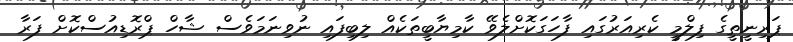
ޕަރިނީތީގެ ފިލްމީ ކެރިއަރުގައި ފާހަގަކޮށްލެވޭ ކާމިޔާބީތަކެއް ލިބިފައި ނުވިނަމަވެސް ޝާހް ޕްރޮޑިއުސްކޮށް ފަރާ